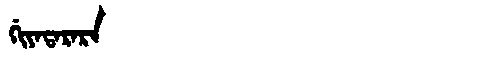
Manchu: ᡤᡳᠶᠠᡨᠠᡵᠠᡵᠠ
Romanization: GIYATARARA